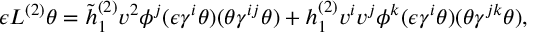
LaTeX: \epsilon L ^ { ( 2 ) } \theta = \tilde { h } _ { 1 } ^ { ( 2 ) } v ^ { 2 } \phi ^ { j } ( \epsilon \gamma ^ { i } \theta ) ( \theta \gamma ^ { i j } \theta ) + h _ { 1 } ^ { ( 2 ) } v ^ { i } v ^ { j } \phi ^ { k } ( \epsilon \gamma ^ { i } \theta ) ( \theta \gamma ^ { j k } \theta ) ,